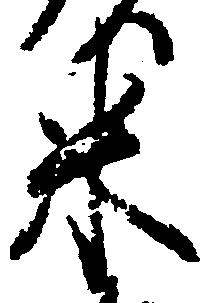
米